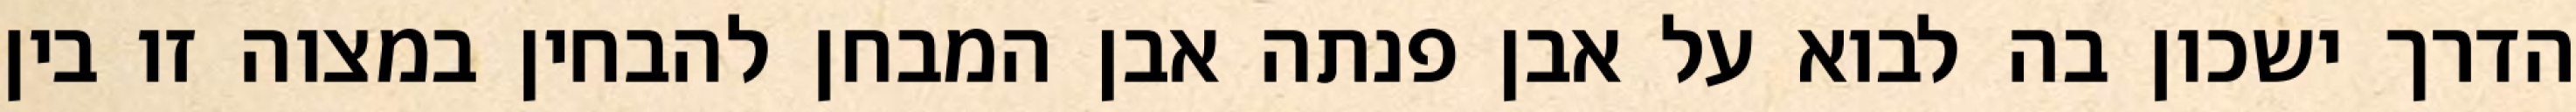
הדרך ישכון בה לבוא על אבן פנתה אבן המבחן להבחין במצוה זו בין